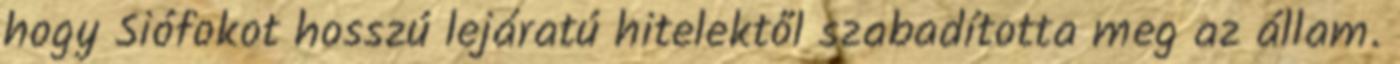
hogy Siófokot hosszú lejáratú hitelektől szabadította meg az állam.